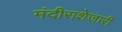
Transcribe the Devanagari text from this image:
मंदीराशेजारी